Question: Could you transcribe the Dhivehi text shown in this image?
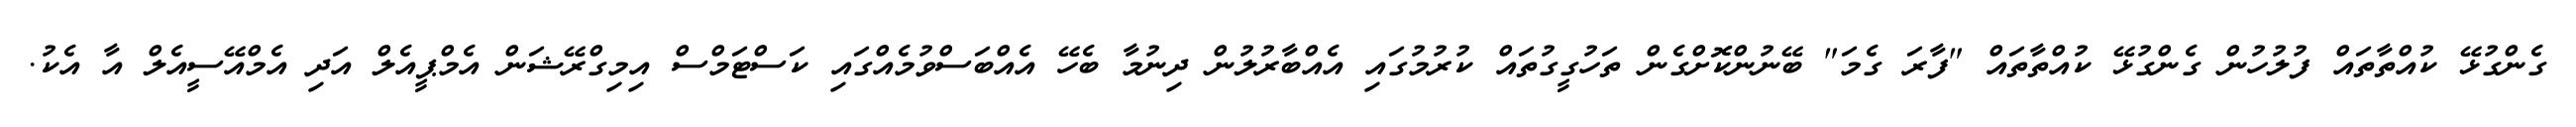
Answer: ގެންގުޅޭ ކުއްތާތައް ފުލުހުން ގެންގުޅޭ ކުއްތާތައް "ފާރަ ގެމަ" ބޭނުންކޮށްގެން ތަހުގީގުތައް ކުރުމުގައި އެއްބާރުލުން ދިނުމާ ބެހޭ އެއްބަސްވުމެއްގައި ކަސްޓަމްސް އިމިގްރޭޝަން އެމްޕީއެލް އަދި އެމްއޭސީއެލް އާ އެކު.